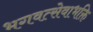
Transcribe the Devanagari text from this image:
भगवत्सेवाभक्ति